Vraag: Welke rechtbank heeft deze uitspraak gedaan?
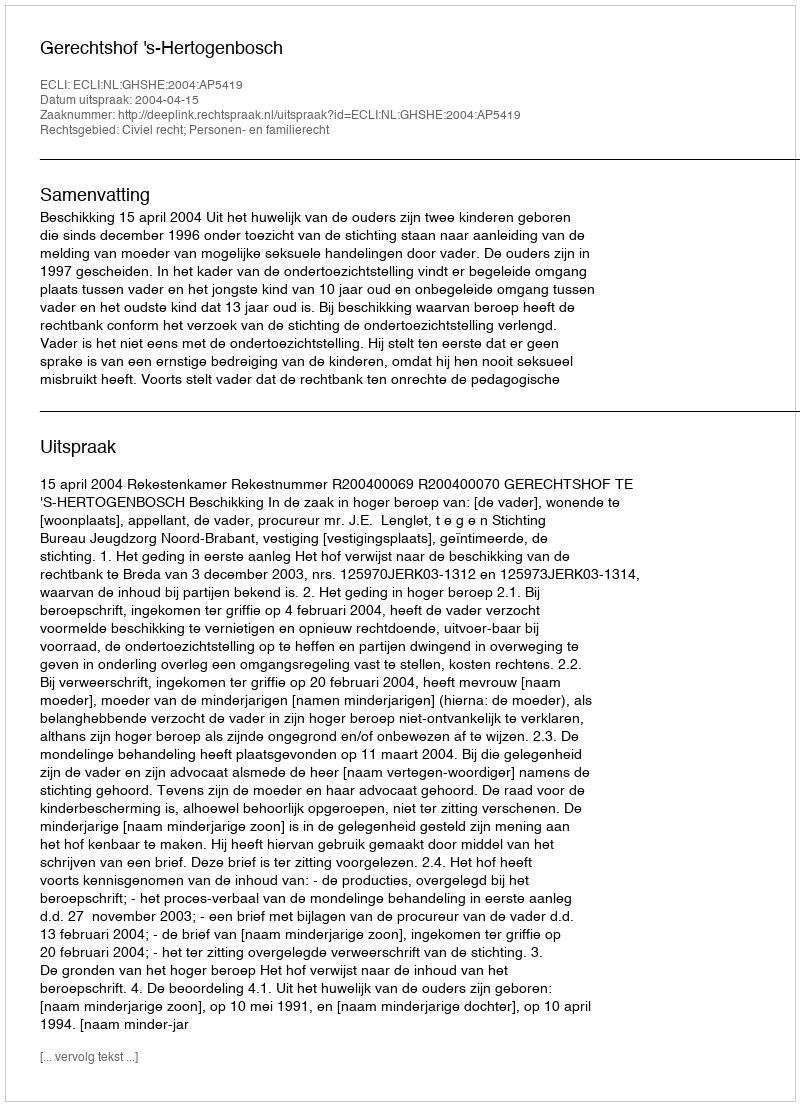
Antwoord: Gerechtshof 's-Hertogenbosch